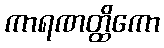
ကာရဏတ္ထိကော